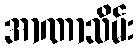
အာဏာသိမ်း